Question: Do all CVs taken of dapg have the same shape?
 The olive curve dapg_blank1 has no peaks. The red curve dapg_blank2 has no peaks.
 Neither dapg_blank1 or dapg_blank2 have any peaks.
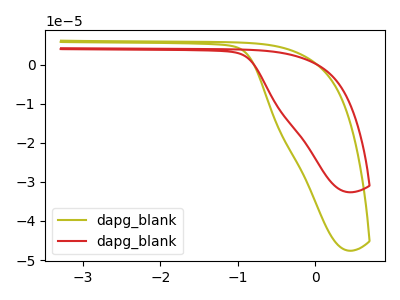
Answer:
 <answer>All the CV's of "dapg" have similar shape.</answer>
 <eval>follow_rule</eval>